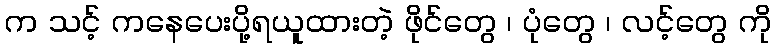
က သင့် ကနေပေးပို့ရယူထားတဲ့ ဖိုင်တွေ ၊ ပုံတွေ ၊ လင့်တွေ ကို